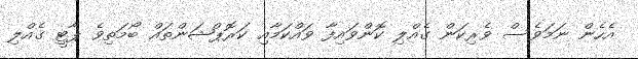
އެހެން ނަމަވެސް ވެރިކަން ގެއްލި ކޮންވައިފާ ވައްކަމާއި ކަރޮޕްޝަންތައް ބޯމަތިވެ ޕާޓީ ގެއްލި